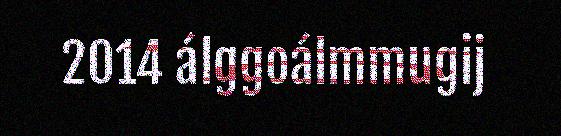
2014 álggoálmmugij